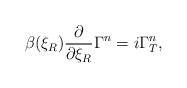
LaTeX: \begin{align*}\beta(\xi_R){\partial \over \partial\xi_R}\Gamma^{n}=i\Gamma_{T}^{n},\end{align*}